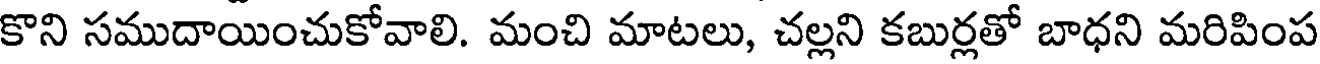
కొని సముదాయించుకోవాలి. మంచి మాటలు, చల్లని కబుర్లతో బాధని మరిపింప